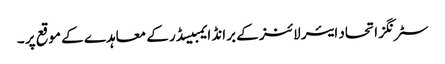
سٹرنگز اتحاد ایئر لائنز کے برانڈ ایمبیسڈر کے معاہدے کے موقع پر ۔